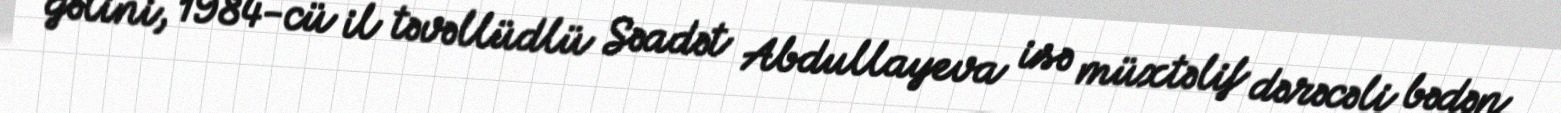
gəlini, 1984-cü il təvəllüdlü Səadət Abdullayeva isə müxtəlif dərəcəli bədən